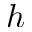
h